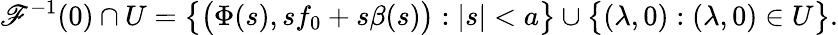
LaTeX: \mathscr{F}^{-1}(0)\cap U=\big\{ \big(\Phi(s),sf_{0}+s\beta(s)\big):|s|<a\big\} \cup\big\{ (\lambda,0):(\lambda,0)\in U\big\} .